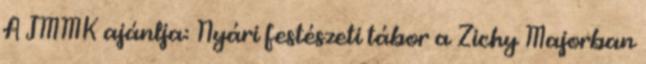
A JMMK ajánlja: Nyári festészeti tábor a Zichy Majorban